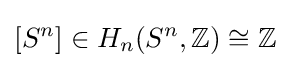
[S^{n}]\in H_{n}(S^{n},\mathbb {Z} )\cong \mathbb {Z}